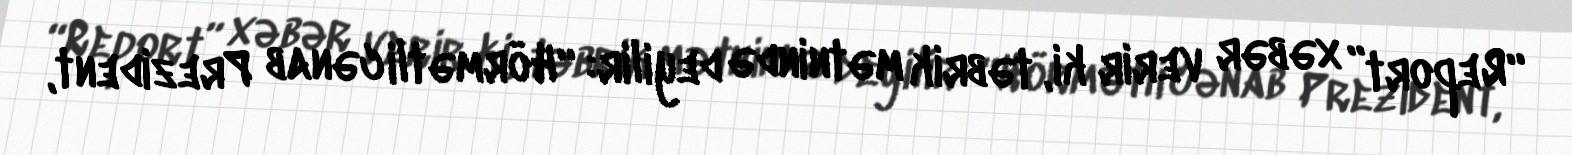
“Report” xəbər verir ki, təbrik mətnində deyilir: “Hörmətli cənab Prezident,